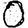
Digit: 0